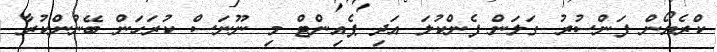
ކްރެޔޯން ފަންސުރު ގަލަން ފެންކުލަ އަދި ޕެއިންޓް މި ނޫނަސް ކުރަހަން ބޭނުންކުރާ